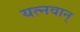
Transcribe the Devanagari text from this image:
यत्नवान्